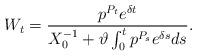
LaTeX: \begin{align*} W_t &= \frac{p^{P_t}e^{\delta t}}{X_0^{-1}+\vartheta\int_0^tp^{P_s}e^{\delta s}ds}. \end{align*}